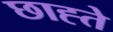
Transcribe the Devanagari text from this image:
छाह्ते